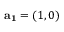
{ \bf a _ { 1 } } = ( 1 , 0 )